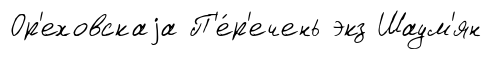
Ор'еховскаjа П'е́р'ечень экз Шаум'ян